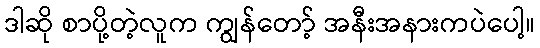
ဒါဆို စာပို့တဲ့လူက ကျွန်တော့် အနီးအနားကပဲပေါ့။